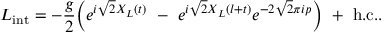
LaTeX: L _ { \mathrm { i n t } } = - { \frac { g } { 2 } } \Bigl ( e ^ { i \sqrt { 2 } X _ { L } ( t ) } \ - \ e ^ { i \sqrt { 2 } X _ { L } ( l + t ) } e ^ { - 2 \sqrt { 2 } \pi i p } \Bigr ) \ + \ \mathrm { h . c . } .